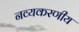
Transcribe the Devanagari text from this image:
नव्यकरणीय